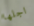
اجلها